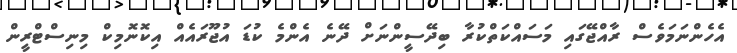
އެހެންނަމަވެސް ރާއްޖޭގައި މަސައްކަތްކުރާ ބިދޭސީންނަށް ދޭނެ އެންމެ ކުޑަ އުޖޫރައެއް އިކޮނޮމިކް މިނިސްޓްރީން